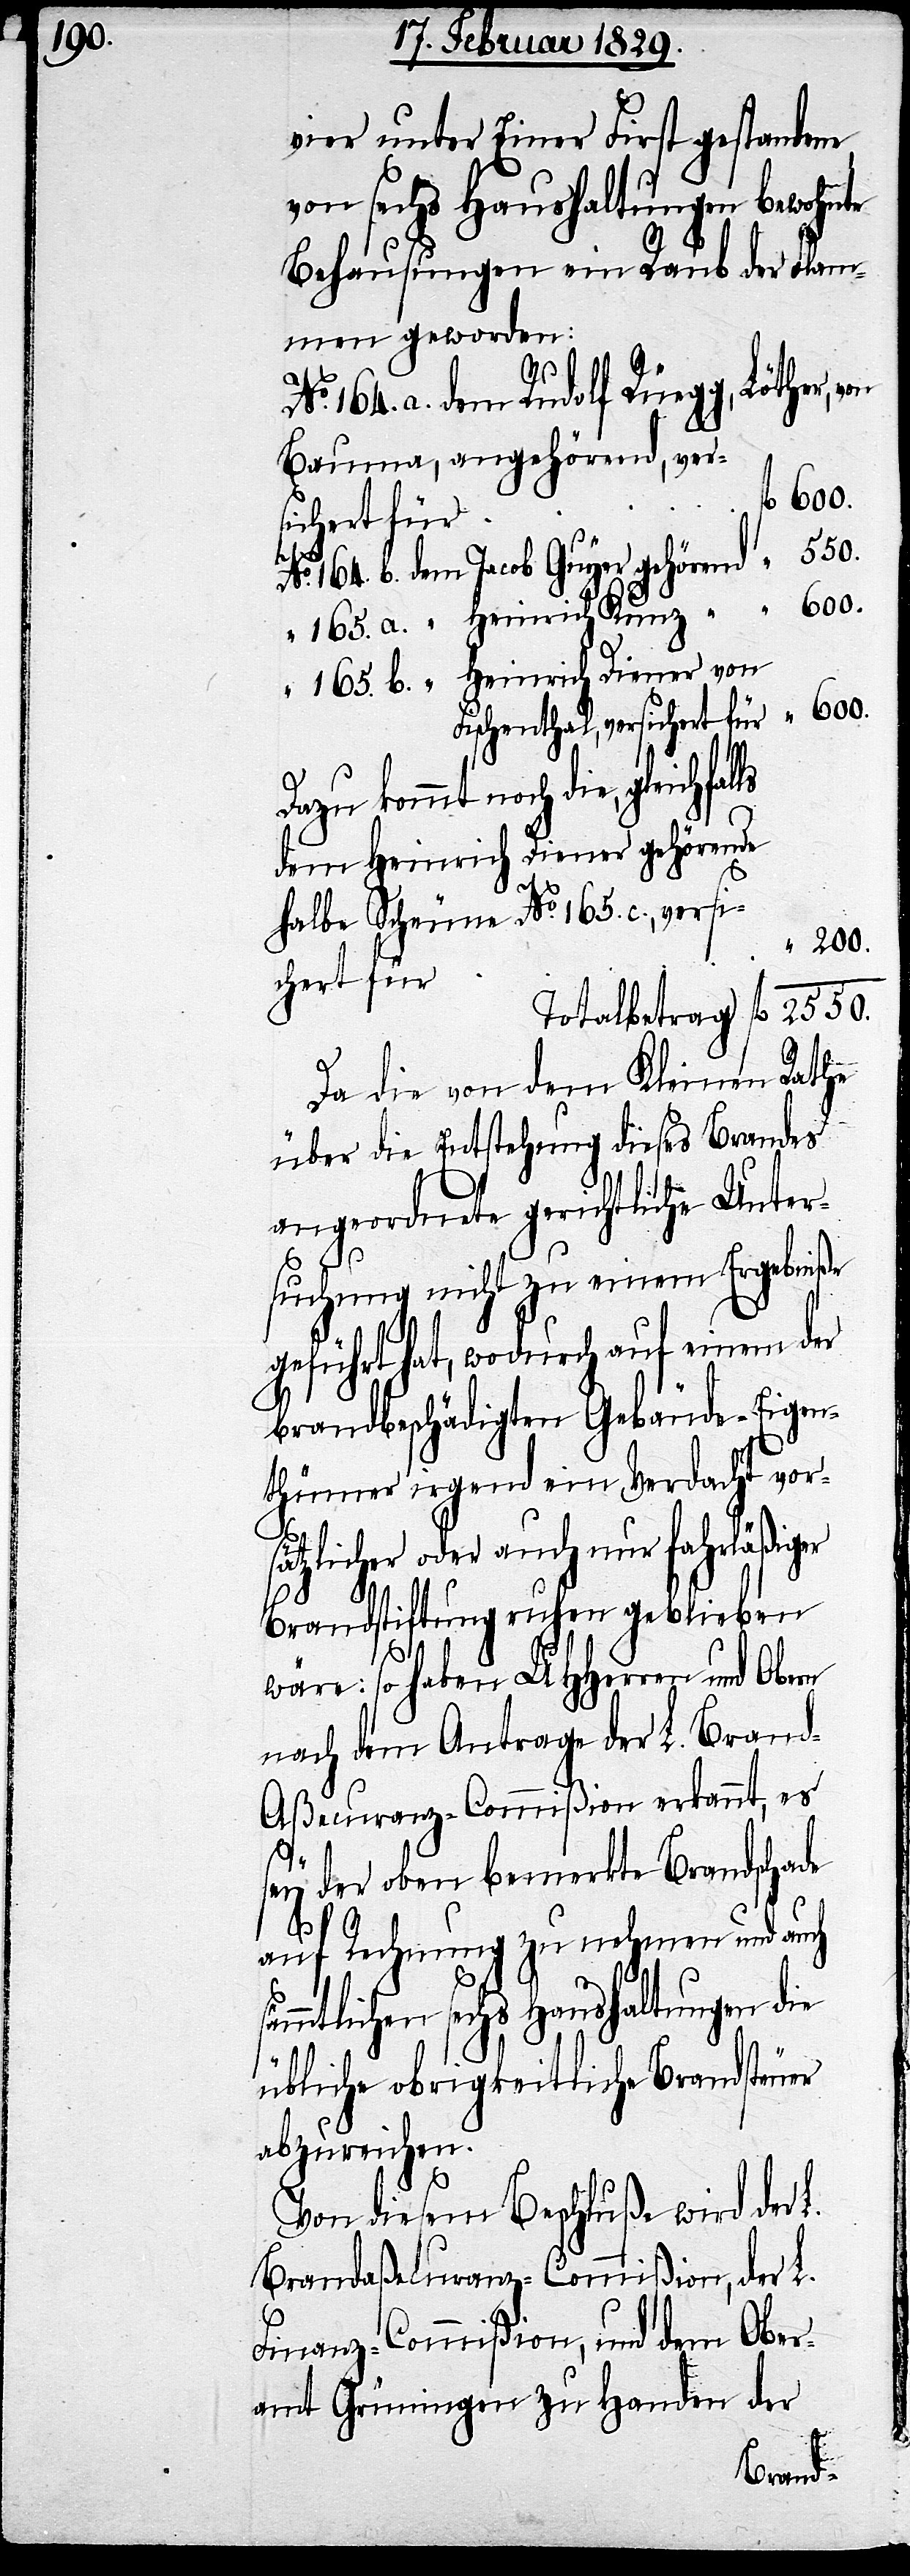
200.

vier unter Einer First gestandene
von sechs Haushaltungen bewohnte
“
Behausungen ein Raub der Flam¬
men geworden:
164. a. dem Rudolf Rüegg, Löther,
Bauma, angehörend,
l. 600.
sichert für
No. 164. b. dem Jacob Guyer gehörend “ 550.
165. a. “ Heinrich Kunz “ “ “ 600.
“ 165. b. “ Heinrich Diener von
Fischenthal, versichert für “ 600.
Dazu kommt noch die,
dem Heinrich Diener gehörende
halbe Scheune No. 165. c., ver¬
Totalbetrag fl. 2550.
Da die von dem Kleinen Rathe
über die Entstehung dieses Brandes
angeordnete gerichtliche Unter¬
suchung nicht zu einem Ergebniße
geführt hat, wodurch auf einem der
brandbeschädigten Gebäude-Eigen¬
thümer irgend ein Verdacht vor¬
sätzlicher oder auch nur fahrläßiger
Brandstiftung ruhen geblieben
wäre: so haben UHHerren und Obern
nach dem Antrage der L. Bran¬
d-Aßecuranz-Commißion erkannt, es
ver¬
sey der oben bemerkte Brandschade
auf Rechnung zu nehmen und auch s¬
ämmtlichen sechs Haushaltungen die
übliche obrigkeitliche Brandsteuer
abzureichen.
Von diesem Beschluße wird der L.
Brandaßecuranz-Commißion, der L.
Finanz-Commißion, und dem Ober¬
amt Grüningen zur Handen der